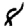
Digit: 8